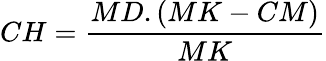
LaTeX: CH={\frac{MD.(MK-CM)}{MK}}